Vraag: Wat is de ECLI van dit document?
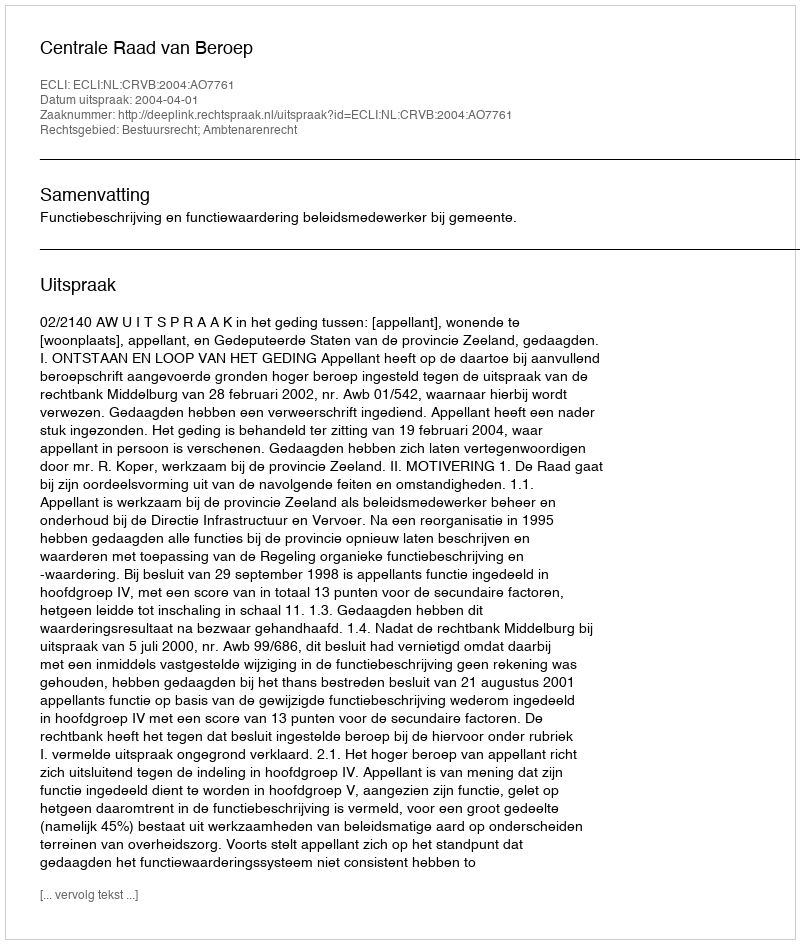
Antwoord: ECLI:NL:CRVB:2004:AO7761